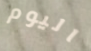
اليوم